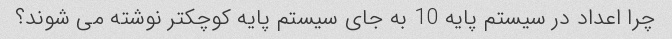
چرا اعداد در سیستم پایه 10 به جای سیستم پایه کوچکتر نوشته می شوند؟